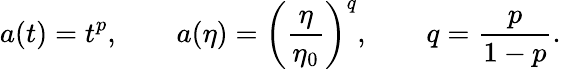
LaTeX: a(t)=t^{p},\qquad a(\eta)=\left(\frac{\eta}{\eta_{0}}\right)^{q},\qquad q=\frac{p}{1-p}.